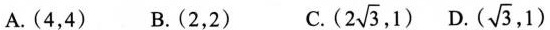
A.(4,4) B.(2,2) C.(2\sqrt{ 3 } ,1) D.(\sqrt{ 3 },1)